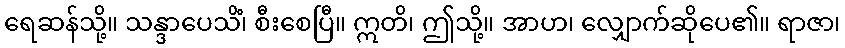
ရေဆန်သို့။ သန္ဒာပေသိံ၊ စီးစေပြီ။ ဣတိ၊ ဤသို့။ အာဟ၊ လျှောက်ဆိုပေ၏။ ရာဇာ၊